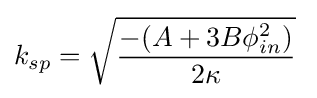
k_{sp}={\sqrt {\frac {-(A+3B\phi _{in}^{2})}{2\kappa }}}\;